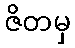
ဇိတမှ